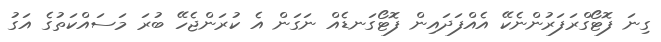
ގިނަ ފޮޓޯގްރަފަރުންނެކޭ އެއްފަދައިން ފޮޓޯގަނޑެއް ނަގަން އެ ކުރަންޖެހޭ ބުރަ މަސައްކަތުގެ އަގު